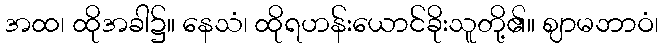
အထ၊ ထိုအခါ၌။ နေသံ၊ ထိုရဟန်းယောင်ခိုးသူတို့၏။ ဈာမဘာဝံ၊